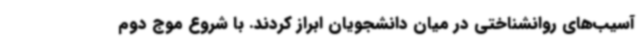
آسیب‌های روانشناختی در میان دانشجویان ابراز کردند. با شروع موج دوم